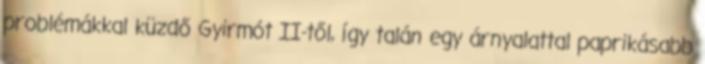
problémákkal küzdő Gyirmót II-től, így talán egy árnyalattal paprikásabb